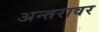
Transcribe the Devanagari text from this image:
अन्तरावर